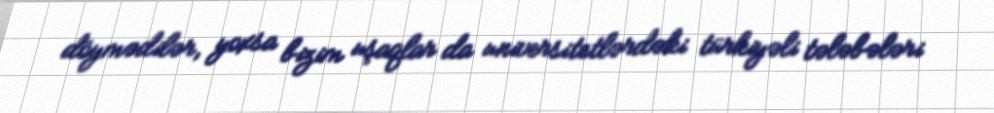
döymədilər, yoxsa bizim uşaqlar da universitetlərdəki türkiyəli tələbələri